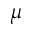
\mu